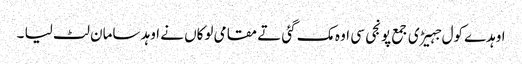
اوہدے کول جہیڑی جمع پونجی سی اوہ مک گئی تے مقامی لوکاں نے اوہد سامان لٹ لیا ۔